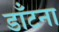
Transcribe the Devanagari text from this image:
डाँटना